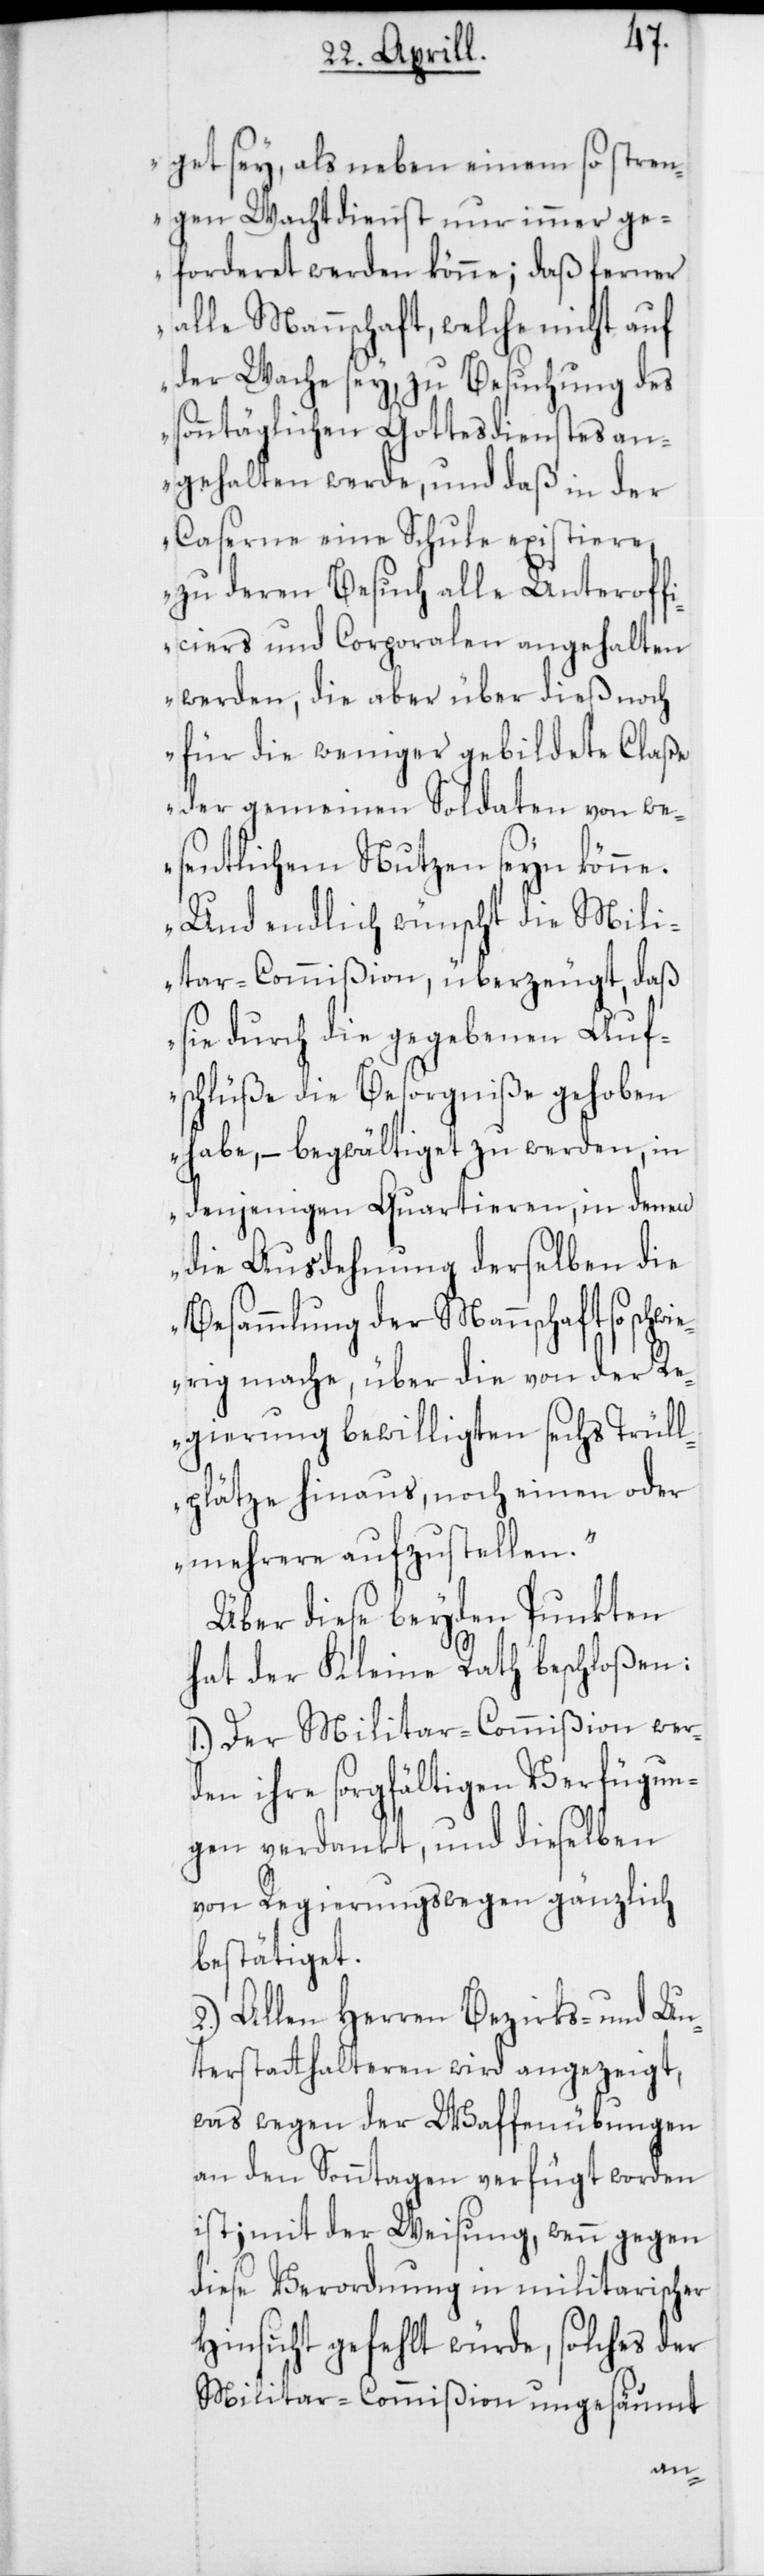
get sey, als neben einem so stren¬
gen Wachtdienst nur immer ge¬
forderet werden könne; daß ferner
alle Mannschaft, welche nicht auf
der Wache sey, zu Besuchung des
sonntäglichen Gottesdienstes an¬
gehalten werde, und daß in der
Caserne eine Schule existiere,
zu deren Besuch alle Unteroff¬
iciers und Corporalen angehalten
werden, die aber über dieß noch
für die weniger gebildete Claße
der gemeinen Soldaten von we¬
sentlichem Nutzen seyn könne.
Und endlich wünscht die Mili¬
tar-Commißion, überzeugt, daß
sie durch die gegebenen Auf¬
schlüße die Besorgniße gehoben
habe, – begwältiget zu werden, in
denjenigen Quartieren, in denen
die Ausdehnung derselben die
Besammlung der Mannschaft so sch¬
wierig mache, über die von der R¬
egierung bewilligten sechs Trüll¬
plätze hinaus, noch einen oder
mehrere aufzustellen.“
Über diese beyden Punkten
hat der Kleine Rath beschloßen:
1.) Der Militar-Commißion wer¬
den ihre sorgfältigen Verfügun¬
gen verdankt, und dieselben
von Regierungs wegen gänzlich
bestätiget.
2.) Allen Herren Bezirks- und Un¬
terstatthalteren wird angezeigt,
was wegen der Waffenübungen
an den Sonntagen verfügt worden
ist; mit der Weisung, wenn gegen
diese Verordnung in militairischer
Hinsicht gefehlt würde, solches der
Militar-Commißion ungesäumt